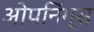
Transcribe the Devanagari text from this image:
ओपनिंग्स